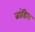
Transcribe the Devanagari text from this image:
ब्रांडिस